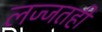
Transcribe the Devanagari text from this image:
लज्जतही